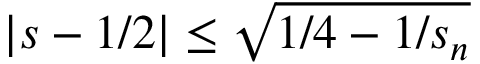
| s - 1 / 2 | \leq \sqrt { 1 / 4 - 1 / s _ { n } }